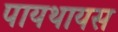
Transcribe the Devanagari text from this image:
पायथायस